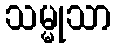
သမ္မုသာ